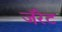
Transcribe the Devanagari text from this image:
जॅरेट